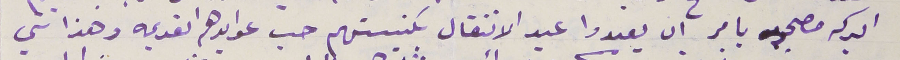
البركه مصحبه بامر ان يعيدوا عيد الانتقال بكنيستهم حسب عوايدهم القديمه وهذا شي